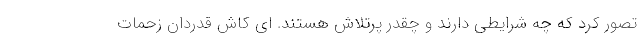
تصور کرد که چه شرایطی دارند و چقدر پرتلاش هستند. ای کاش قدردان زحمات